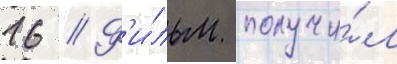
16 // Ф'и́льм получи́л